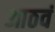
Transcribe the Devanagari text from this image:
आठवं